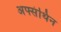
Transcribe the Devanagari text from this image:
अफ्संथिन